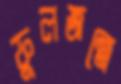
ফুলজন্মে